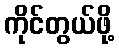
ကိုင်တွယ်ဖို့